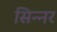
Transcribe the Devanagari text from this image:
सिन्‍नर